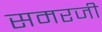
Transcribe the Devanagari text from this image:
समरजी